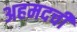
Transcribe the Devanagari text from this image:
अहमदची